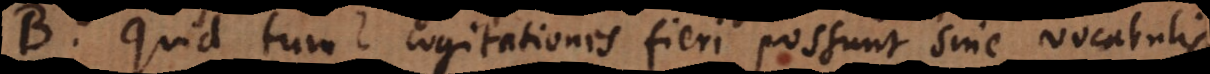
B. Quid tum? Cogitationes fieri possunt sine vocabulis.